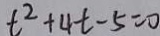
t ^ { 2 } + 4 t - 5 = 0